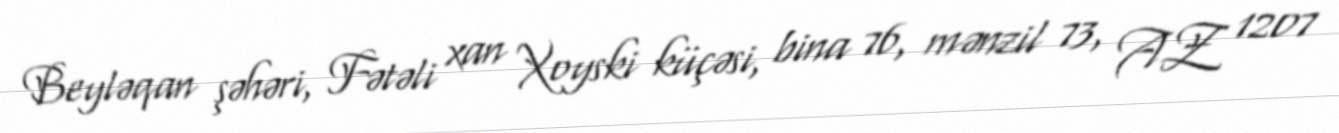
Beyləqan şəhəri, Fətəli xan Xoyski küçəsi, bina 76, mənzil 73, AZ 1207